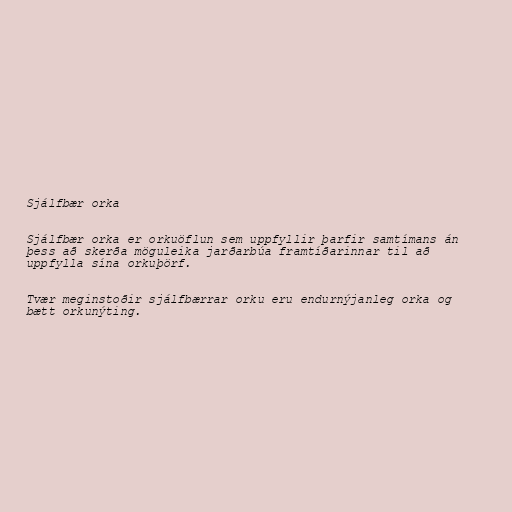
Sjálfbær orka

Sjálfbær orka er orkuöflun sem uppfyllir þarfir samtímans án
þess að skerða möguleika jarðarbúa framtíðarinnar til að
uppfylla sína orkuþörf.

Tvær meginstoðir sjálfbærrar orku eru endurnýjanleg orka og
bætt orkunýting.